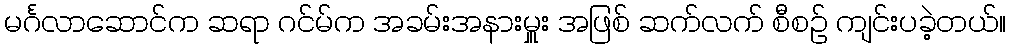
မင်္ဂလာဆောင်က ဆရာ ဂင်မ်က အခမ်းအနားမှူး အဖြစ် ဆက်လက် စီစဉ် ကျင်းပခဲ့တယ်။